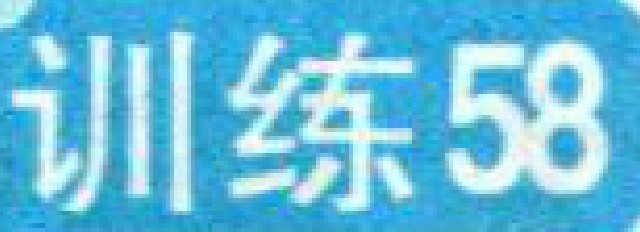
训练58